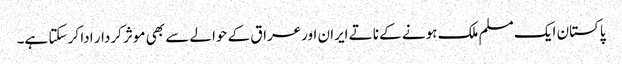
پاکستان ایک مسلم ملک ہونے کے ناتے ایران اورعراق کے حوالے سے بھی موثر کردار ادا کر سکتا ہے۔